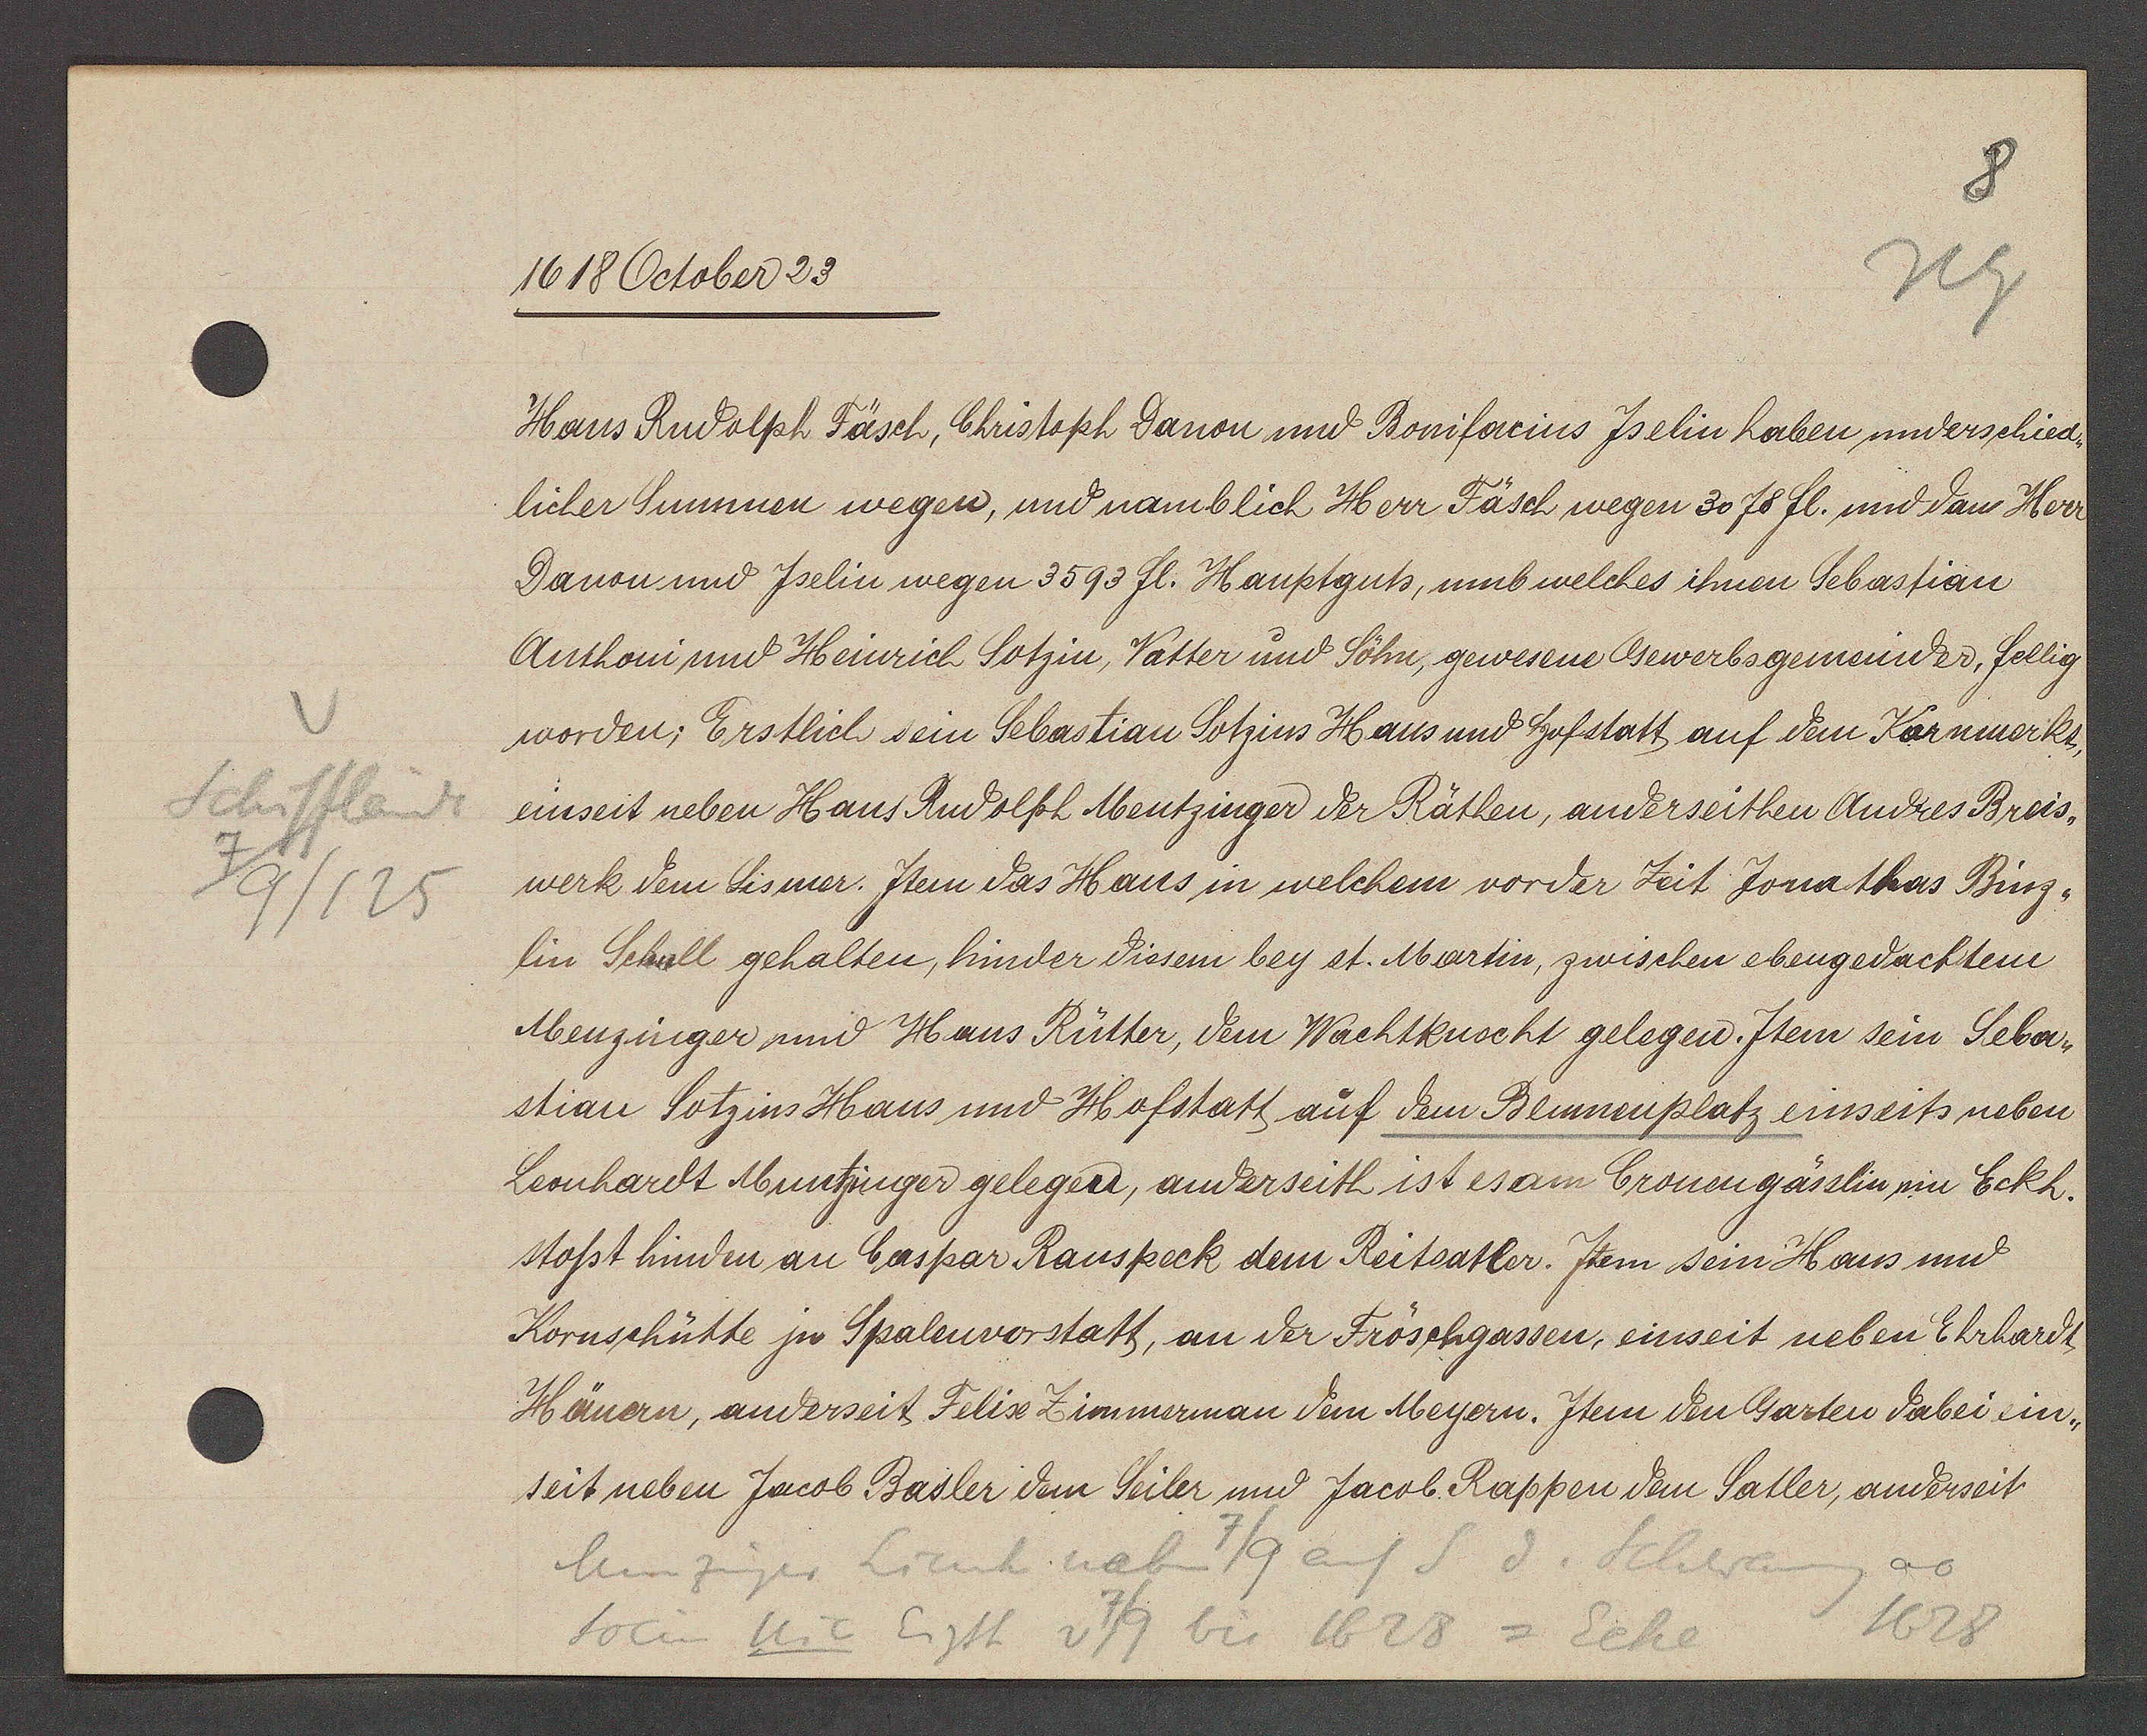
Transcript:
Schifflände
9/125

1618 October 23.

Hans Rudolph Fäsch, Christoph Danon und Bonifacius Jselin haben underschied¬
licher Summen wegen, und namblich Herr Fäsch wegen 3078 fl. und dan Herr
Danon und Jselin wegen 3593 fl. Hauptguts, umb welches ihnen Sebastian
Anthoni und Heinrich Sotzin, Vatter und Sohn, gewesene Bewerbsgemeinder, fellig
worden; Erstlich sein Sebastian Sotzins Haus und hofstatt auf dem Kornmerkt
einseit neben Hans Rudolph Mentzinger der Räthen, anderseithen Andres Breis¬
werk dem Lismer. Item das Haus in welchem vorder Zeit Jonathas Binz¬
lin Schall gehalten, hinder diesem bey st. Martin, zwischen ebengedachtem
Menzinger und Hans Rütter, dem Wachtknocht gelegen. Item sein Seba¬
stian Lotzins Haus und Hofstatt auf dem Blumenplatz einseits neben
Leonhardt Muntzinger gelegen, anderseith ist es am Cronengässlin im Eckh.
stosst hinden an Caspar Rauspeck dem Reitsatler. Item sein Haus und
Kornschütte jn Spalenvorstatt, an der Fröschgassen, einseit neben Erhardt
Hänern, anderseit Felix Zimmerman dem Meyern. Jtem den Garten dabei ein¬
seit neben Jacob Basler dem Seiler und Jacob Rappen dem Satler, anderseit

ao
Munzinger Lienh neben 7/9 auf S d. Schwaneng
1628
Socin Nic Eigth v 7/9 bis 1628 = Ecke